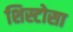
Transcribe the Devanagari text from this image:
शिस्टोसा